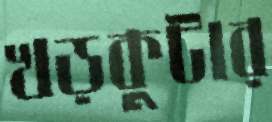
খড়কুটার